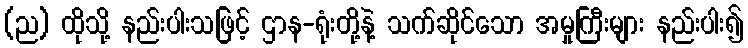
(ည) ထိုသို့ နည်းပါးသဖြင့် ဌာန-ရုံးတို့နဲ့ သက်ဆိုင်သော အမှုကြီးများ နည်းပါး၍